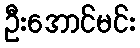
ဦးအောင်မင်း